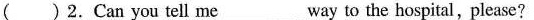
( )2.Can you tell me___ way to the hospital,please?